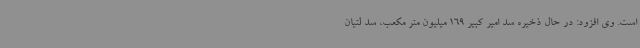
است. وی افزود: در حال ذخیره سد امیر کبیر 169 میلیون متر مکعب، سد لتیان